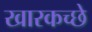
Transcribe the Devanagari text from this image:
खारकच्छे